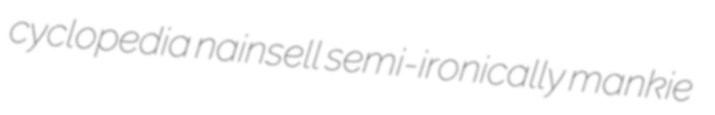
cyclopedia nainsell semi-ironically mankie